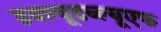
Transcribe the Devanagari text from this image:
डबल्यूडब्ल्यूएफ